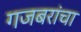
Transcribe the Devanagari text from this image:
गजबरांचा